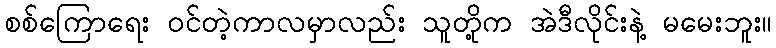
စစ်ကြောရေး ဝင်တဲ့ကာလမှာလည်း သူတို့က အဲဒီလိုင်းနဲ့ မမေးဘူး။